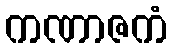
ကဏာဇကံ